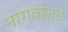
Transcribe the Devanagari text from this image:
नागवंशाचे